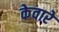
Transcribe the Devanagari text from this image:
केवारे